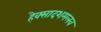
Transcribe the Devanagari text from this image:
हेक्सादशमलव